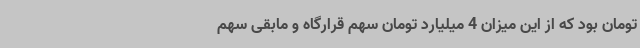
تومان بود که از این میزان 4 میلیارد تومان سهم قرارگاه و مابقی سهم